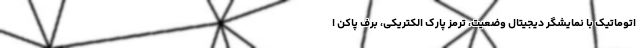
اتوماتیک با نمایشگر دیجیتال وضعیت، ترمز پارک الکتریکی، برف پاکن ا